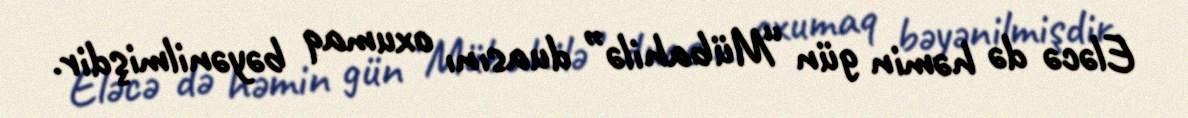
Eləcə də həmin gün “Mübahilə” duasını oxumaq bəyənilmişdir.